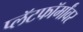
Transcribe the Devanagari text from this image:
प्लॅटफॉर्मांवर